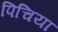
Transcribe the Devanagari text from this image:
पिचिया